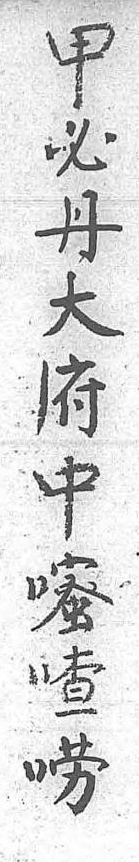
甲必丹大府中嘧喳嘮